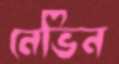
নেভিন